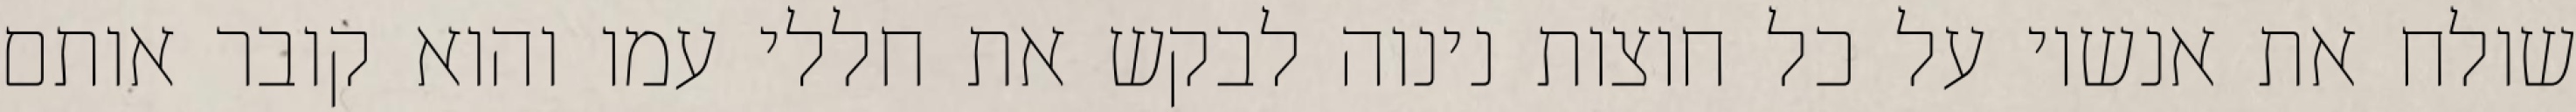
שולח את אנשיו על כל חוצות נינוה לבקש את חללי עמו והוא קובר אותם